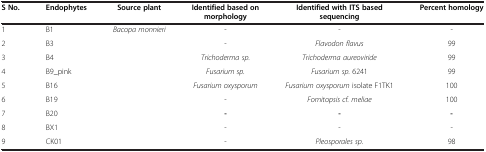
| S No. | Endophytes | Source plant | Identified based on morphology | Identified with ITS based sequencing | Percent homology |
 | --- | --- | --- | --- | --- | --- |
 | 1 | B1 | <ROWSPAN=9> Bacopa monnieri | - | - | - |
 | 2 | B3 | - | Flavodon flavus | 99 |
 | 3 | B4 | Trichoderma sp. | Trichoderma aureoviride | 99 |
 | 4 | B9_pink | Fusarium sp. | Fusarium sp. 6241 | 99 |
 | 5 | B16 | Fusarium oxysporum | Fusarium oxysporum isolate F1TK1 | 100 |
 | 6 | B19 | - | Fomitopsis cf. meliae | 100 |
 | 7 | B20 | - | - | - |
 | 8 | BX1 | - | - | - |
 | 9 | CK01 | - | Pleosporales sp. | 98 |